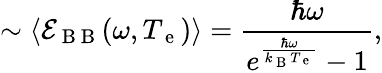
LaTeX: \sim\langle\mathcal{E}_{\mathrm{~B~B~}}(\omega,T_{\mathrm{~e~}})\rangle=\frac{\hbar\omega}{e^{\frac{\hbar\omega}{k_{\mathrm{~B~}}T_{\mathrm{~e~}}}}-1},